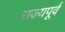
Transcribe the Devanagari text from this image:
राज्यपूर्व